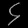
Digit: ၄